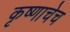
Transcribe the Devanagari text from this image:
कृष्णाचेच